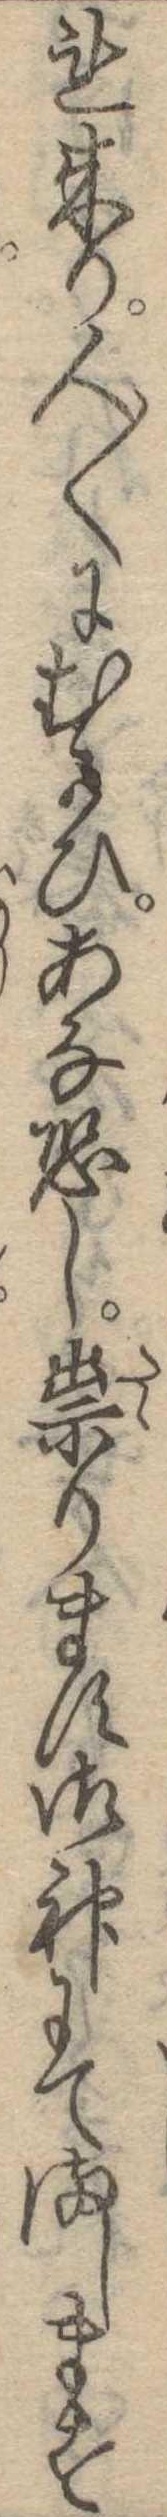
れ来り人〱にむかひあな恐し祟ります御神にてまします